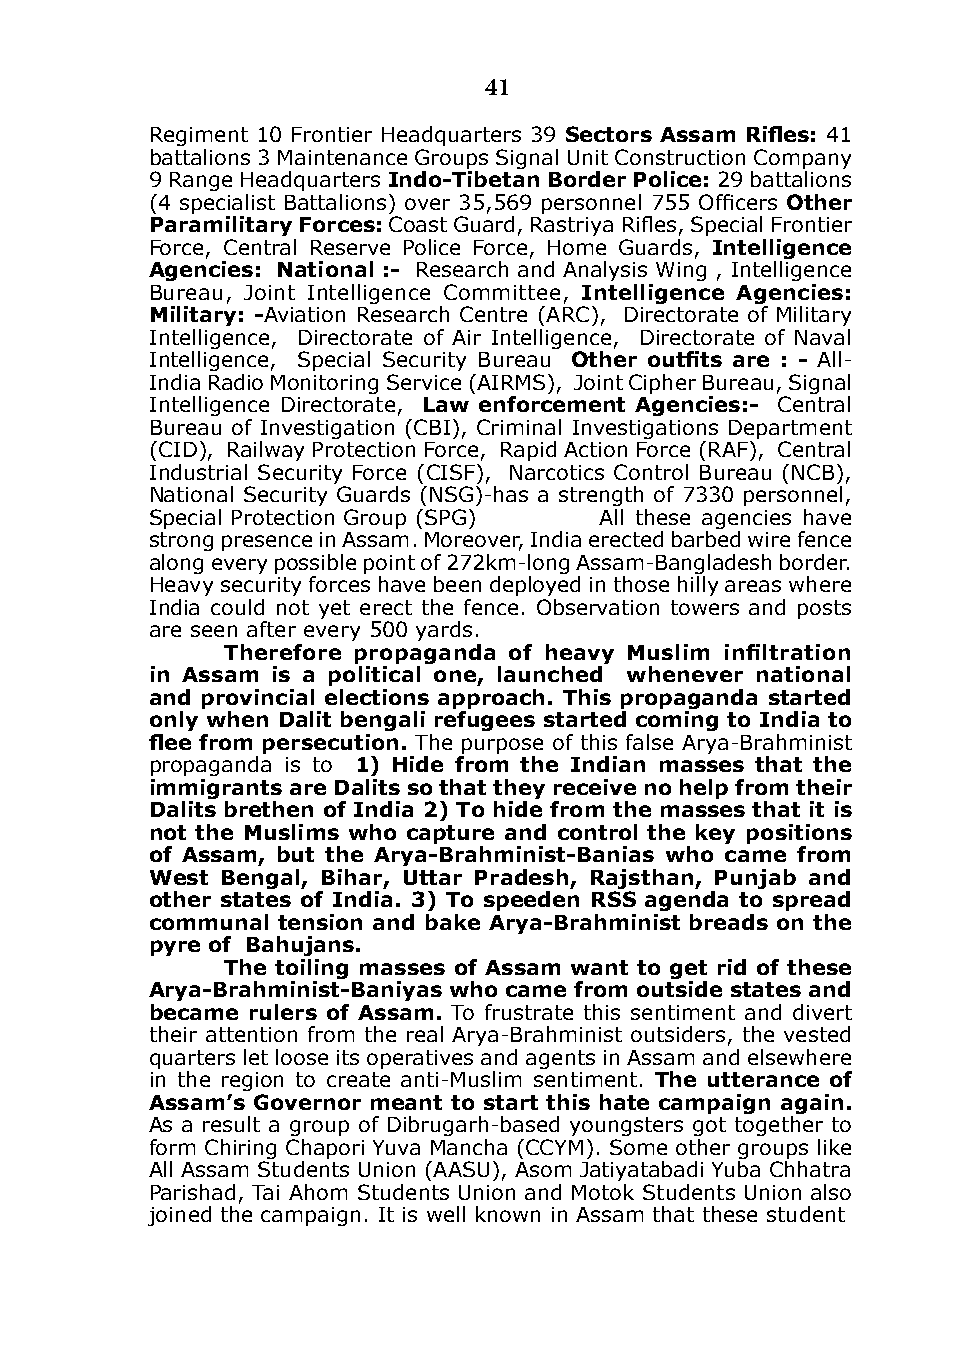
41
 Regiment 10 Frontier Headquarters 39 Sectors Assam Rifles: 41
 battalions 3 Maintenance Groups Signal Unit Construction Company
 9 Range Headquarters Indo-Tibetan Border Police: 29 battalions
 (4 specialist Battalions) over 35,569 personnel 755 Officers other
 Paramilitary Forces: Coast Guard, Rastriya Rifles, Special Frontier
 Force, Central Reserve Police Force, Home Guards, Intelligence
 Agencies: national :- Research and Analysis Wing , intelligence
 Bureau, Joint intelligence Committee, Intelligence Agencies:
 military: -Aviation Research Centre (ARC), directorate of Military
 intelligence, directorate of Air intelligence, directorate of Naval
 intelligence, Special Security Bureau Other outfits are : - All-
 india Radio Monitoring Service (AiRMS), Joint Cipher Bureau, Signal
 intelligence directorate, law enforcement Agencies:- Central
 Bureau of investigation (CBi), Criminal investigations department
 (Cid), Railway Protection Force, Rapid Action Force (RAF), Central
 industrial Security Force (CiSF), Narcotics Control Bureau (NCB),
 National Security Guards (NSG)-has a strength of 7330 personnel,
 Special Protection Group (SPG) All these agencies have
 strong presence in Assam. Moreover, india erected barbed wire fence
 along every possible point of 272km-long Assam-Bangladesh border.
 Heavy security forces have been deployed in those hilly areas where
 india could not yet erect the fence. Observation towers and posts
 are seen after every 500 yards.
 Therefore propaganda of heavy Muslim infiltration
 in Assam is a political one, launched whenever national
 and provincial elections approach. This propaganda started
 only when dalit bengali refugees started coming to India to
 flee from persecution. The purpose of this false Arya-Brahminist
 propaganda is to 1) Hide from the Indian masses that the
 immigrants are dalits so that they receive no help from their
 dalits brethen of India 2) To hide from the masses that it is
 not the muslims who capture and control the key positions
 of Assam, but the Arya-Brahminist-Banias who came from
 west Bengal, Bihar, uttar Pradesh, Rajsthan, Punjab and
 other states of India. 3) To speeden Rss agenda to spread
 communal tension and bake Arya-Brahminist breads on the
 pyre of Bahujans.
 The toiling masses of Assam want to get rid of these
 Arya-Brahminist-Baniyas who came from outside states and
 became rulers of Assam. To frustrate this sentiment and divert
 their attention from the real Arya-Brahminist outsiders, the vested
 quarters let loose its operatives and agents in Assam and elsewhere
 in the region to create anti-Muslim sentiment. The utterance of
 Assam’s governor meant to start this hate campaign again.
 As a result a group of dibrugarh-based youngsters got together to
 form Chiring Chapori Yuva Mancha (CCYM). Some other groups like
 All Assam Students Union (AASU), Asom Jatiyatabadi Yuba Chhatra
 Parishad, Tai Ahom Students Union and Motok Students Union also
 joined the campaign. it is well known in Assam that these student